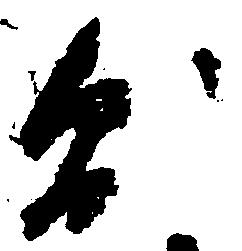
則